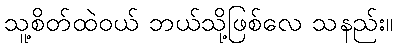
သူ့စိတ်ထဲဝယ် ဘယ်သို့ဖြစ်လေ သနည်း။